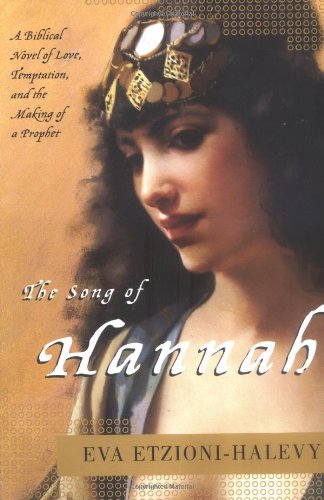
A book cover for The Song of Hannah: A Novel; Eva Etzioni-Halevy; Christian Books & Bibles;